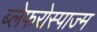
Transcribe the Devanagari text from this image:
ब्लेफरोस्पाज्म